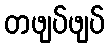
တဖျပ်ဖျပ်